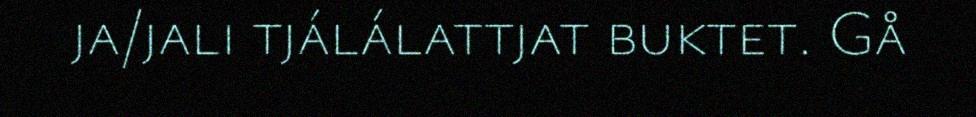
ja/jali tjálálattjat buktet. Gå